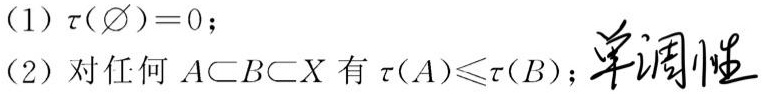
(1) $\tau(\varnothing)=0$;
(2) 对任何 $A\subset B\subset X$ 有 $\tau(A)\leqslant\tau(B)$; 单调性